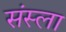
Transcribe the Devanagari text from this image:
संस्ला